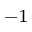
^ { - 1 }